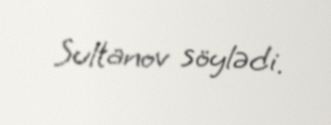
Sultanov söylədi.